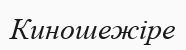
Киношежіре